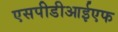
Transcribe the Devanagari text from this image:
एसपीडीआईएफ